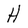
Character: H